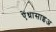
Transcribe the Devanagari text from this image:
ऐंथ्रासाइअ